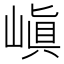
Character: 嵮